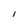
Character: I